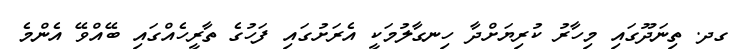
ގދ. ތިނަދޫގައި މިހާރު ކުރިޔަށްދާ ހިނގާލުމަކީ އެރަށުގައި ފަހުގެ ތާރީހެއްގައި ބޭއްވޭ އެންމެ